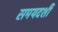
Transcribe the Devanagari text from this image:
समयदर्शी